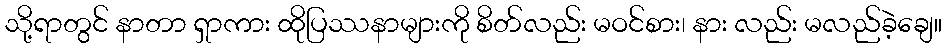
သို့ရာတွင် နာတာ ရှာကား ထိုပြဿနာများကို စိတ်လည်း မဝင်စား၊ နား လည်း မလည်ခဲ့ချေ။